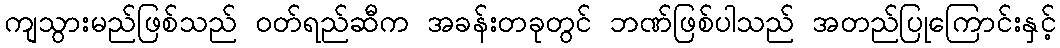
ကျသွားမည်ဖြစ်သည် ဝတ်ရည်ဆီက အခန်းတခုတွင် ဘဏ်ဖြစ်ပါသည် အတည်ပြုကြောင်းနှင့်